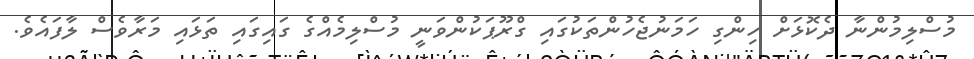
މުސްލިމުންނާ ދެކޮޅަށް ހިންގި ހަމަނުޖެހުންތަކުގައި ގްރޫޕަކުންވަނީ މުސްލިމެއްގެ ގައިގައި ތަޅައި މަރާވެސް ލާފައެވެ.